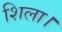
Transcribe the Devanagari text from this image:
शिला।